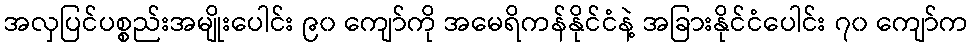
အလှပြင်ပစ္စည်းအမျိုးပေါင်း ၉၀ ကျော်ကို အမေရိကန်နိုင်ငံနဲ့ အခြားနိုင်ငံပေါင်း ၇၀ ကျော်က